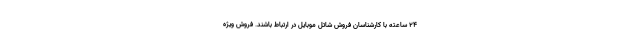
24 ساعته با کارشناسان فروش شاتل موبایل در ارتباط باشند. فروش ویژه